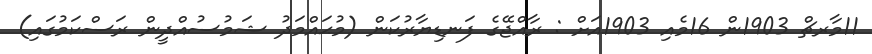
11މާރޗް 1903ން 16މެއި 1903އަށް : ރާއްޖޭގެ ފަނޑިޔާރުކަން (މުޙައްމަދު ޝަމުސުއްދީން ރަސްކަމުގައި)